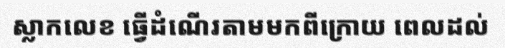
ស្លាកលេខ ធ្វើដំណើរតាមមកពីក្រោយ ពេលដល់